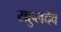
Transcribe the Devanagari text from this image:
राहुलदेव